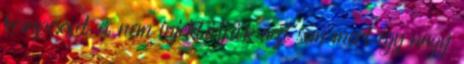
kompexxel és nem injektálják azt sem mert egy nagy